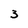
Character: 3